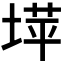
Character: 𫮉